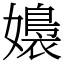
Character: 嬝